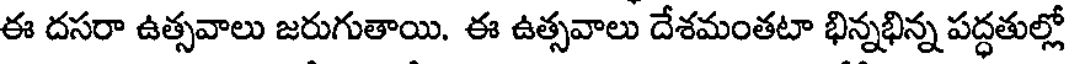
ఈ దసరా ఉత్సవాలు జరుగుతాయి. ఈ ఉత్సవాలు దేశమంతటా భిన్నభిన్న పద్ధతుల్లో